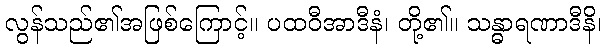
လွန်သည်၏အဖြစ်ကြောင့်။ ပထဝီအာဒီနံ၊ တို့၏။ သန္ဓာရဏာဒီနိ၊